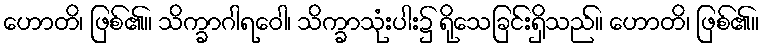
ဟောတိ၊ ဖြစ်၏။ သိက္ခာဂါရဝေါ၊ သိက္ခာသုံးပါး၌ ရိုသေခြင်းရှိသည်။ ဟောတိ၊ ဖြစ်၏။